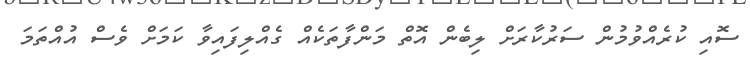
ސޮއި ކުރެއްވުމުން ސަރުކާރަށް ލިބެން އޮތް މަންފާތަކެއް ގެއްލިފައިވާ ކަމަށް ވެސް އުއްތަމަ